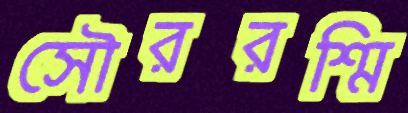
সৌররশ্মি